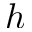
h